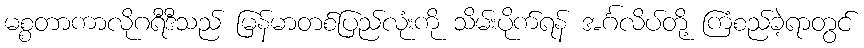
မစ္စတာကာလိုဂရီဒီသည် မြန်မာတစ်ပြည်လုံးကို သိမ်းပိုက်ရန် အင်္ဂလိပ်တို့ ကြံစည်ခဲ့ရာတွင်